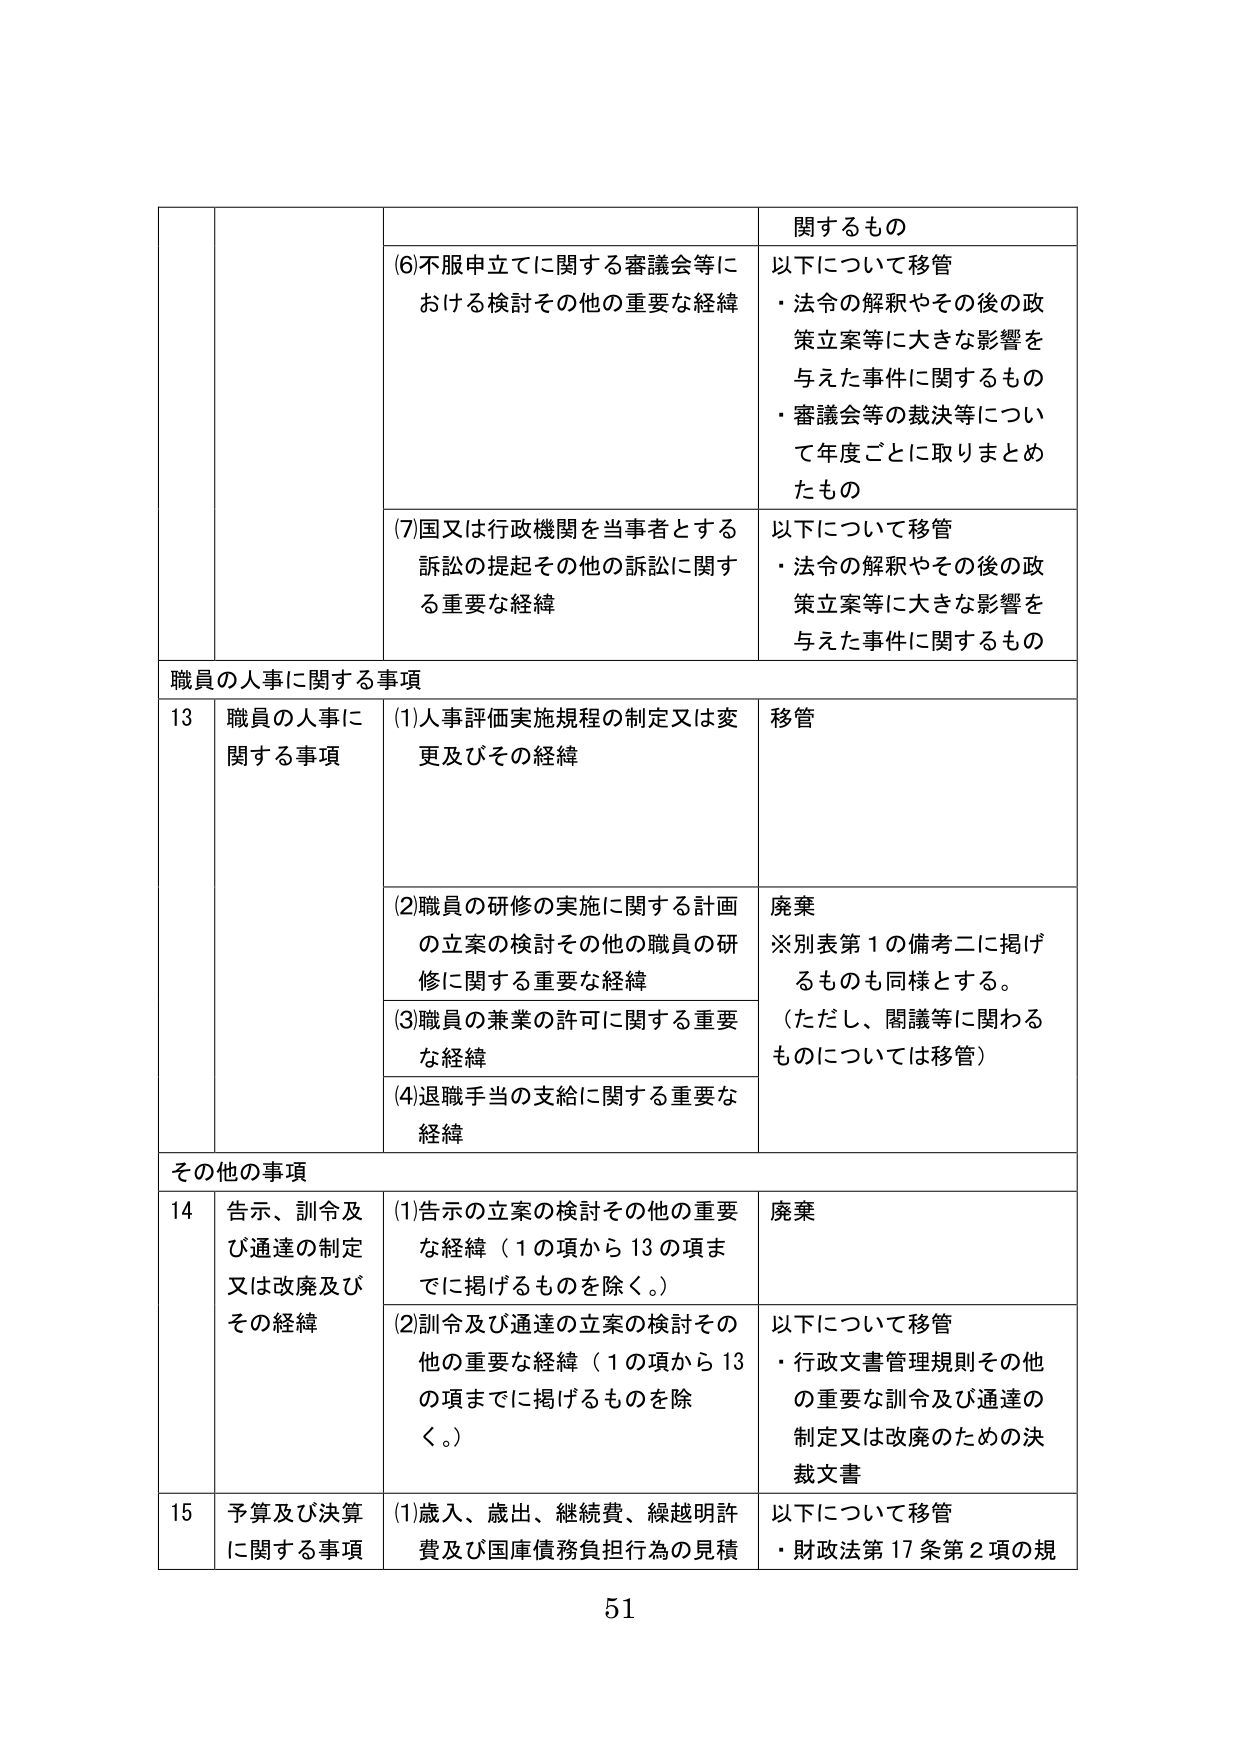
関するもの
(6)不服申立てに関する審議会等における検討その他の重要な経緯
以下について移管
・法令の解釈やその後の政策立案等に大きな影響を与えた事件に関するもの
・審議会等の裁決等について年度ごとに取りまとめたもの
(7)国又は行政機関を当事者とする訴訟の提起その他の訴訟に関する重要な経緯
以下について移管
・法令の解釈やその後の政策立案等に大きな影響を与えた事件に関するもの
職員の人事に関する事項
13 職員の人事に関する事項
(1)人事評価実施規程の制定又は変更及びその経緯
移管
(2)職員の研修の実施に関する計画の立案の検討その他の職員の研修に関する重要な経緯
廃棄
※別表第1の備考二に掲げるのもも同様とする。
（ただし、閲議等に関わるものについては移管）
(3)職員の兼業の許可に関する重要な経緯
(4)退職手当の支給に関する重要な経緯
その他の事項
14 告示、訓令及び通達の制定又は改廃及びその経緯
(1)告示の立案の検討その他の重要な経緯（1の項から13の項までに掲げるものを除く。）
廃棄
(2)訓令及び通達の立案の検討その他の重要な経緯（1の項から13の項までに掲げるものを除く。）
以下について移管
・行政文書管理規則その他の重要な訓令及び通達の制定又は改廃のための決裁文書
15 予算及び決算に関する事項
(1)歳入、歳出、継続費、繰越明許費及び国庫債務負担行為の見積
以下について移管
・財政法第17条第2項の規
51